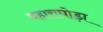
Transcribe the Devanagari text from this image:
बहाराघोड़ा